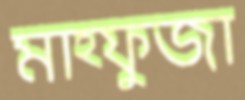
মাহ্ফুজা